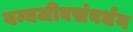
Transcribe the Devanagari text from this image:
वन्यजीवसंवर्धन